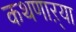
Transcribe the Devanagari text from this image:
कथणाऱ्या